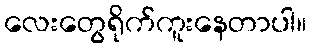
လေးတွေရိုက်ကူးနေတာပါ။